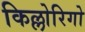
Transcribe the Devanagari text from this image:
किल्लोरिगो